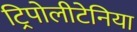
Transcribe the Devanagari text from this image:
ट्रिपोलीटेनिया